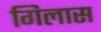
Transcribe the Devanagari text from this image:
गिलास